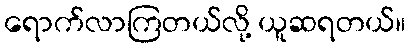
ရောက်လာကြတယ်လို့ ယူဆရတယ်။